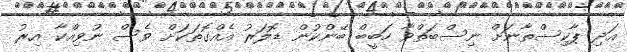
އަދި ޕާކިސްތާނަށް ނިސްބަތްވާ ހަބީބް ބޭންކުން ޑޮލަރު އެއްގޮތަކަށް ވެސް ނުވިއްކާ އިރު